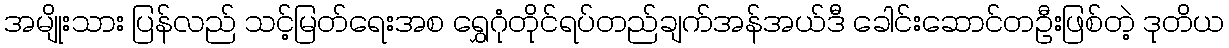
အမျိုးသား ပြန်လည် သင့်မြတ်ရေးအစ ရွှေဂုံတိုင်ရပ်တည်ချက်အန်အယ်ဒီ ခေါင်းဆောင်တဦးဖြစ်တဲ့ ဒုတိယ